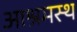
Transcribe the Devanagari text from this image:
आश्रमस्थ